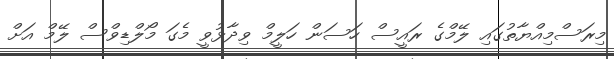
މިރަސްމިއްޔާތުގައި ލޭމްގެ ރައީސް ހަސަން ހަލީމް ވިދާޅުވީ މެގަ މޯލްޑިވްސް ލޭމް އަށް